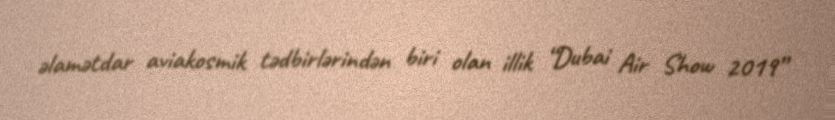
əlamətdar aviakosmik tədbirlərindən biri olan illik “Dubai Air Show 2019”